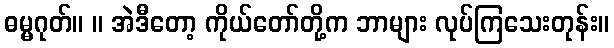
ဓမ္မဂုတ်။ ။ အဲဒီတော့ ကိုယ်တော်တို့က ဘာများ လုပ်ကြသေးတုန်း။